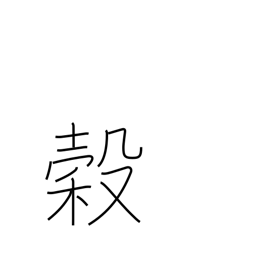
Meaning: grain